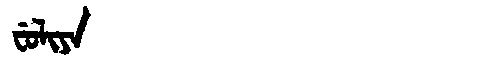
Manchu: ᠸᡠᠯᡳᠶᠠ
Romanization: FULIYA